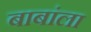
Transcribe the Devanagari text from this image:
बाबांला